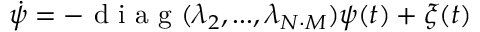
\dot { \psi } = - \mathrm { ~ d ~ i ~ a ~ g ~ } ( \lambda _ { 2 } , . . . , \lambda _ { N \cdot M } ) \psi ( t ) + \xi ( t )